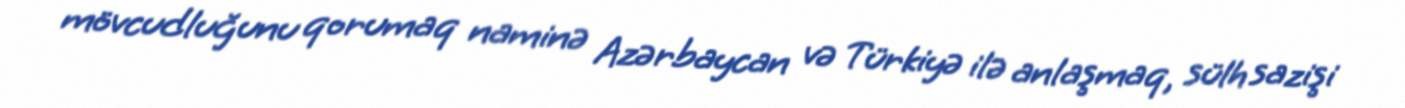
mövcudluğunu qorumaq naminə Azərbaycan və Türkiyə ilə anlaşmaq, sülh sazişi